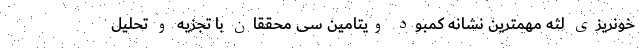
خونریزی لثه مهمترین نشانه کمبود ویتامین سی محققان با تجزیه و تحلیل